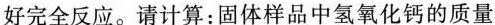
好完全反应。请计算：固体样品中氢氧化钙的质量